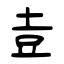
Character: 壴